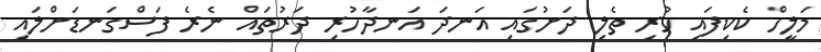
މަލީހް ކެކިފައި ހުރި ތެލި ދަށުގައި އަނދަ އަނދާހުރި ދަރުތައް ނެރެ ފަސްގަނޑަށްލައި